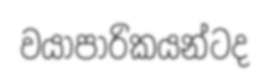
වයාපාරිකයන්ටද